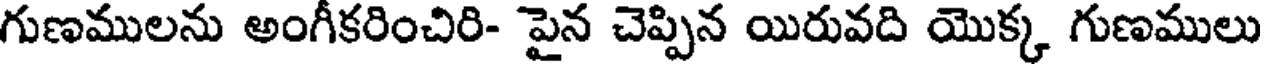
గుణములను అంగీకరించిరి- పైన చెప్పిన యిరువది యొక్క గుణములు